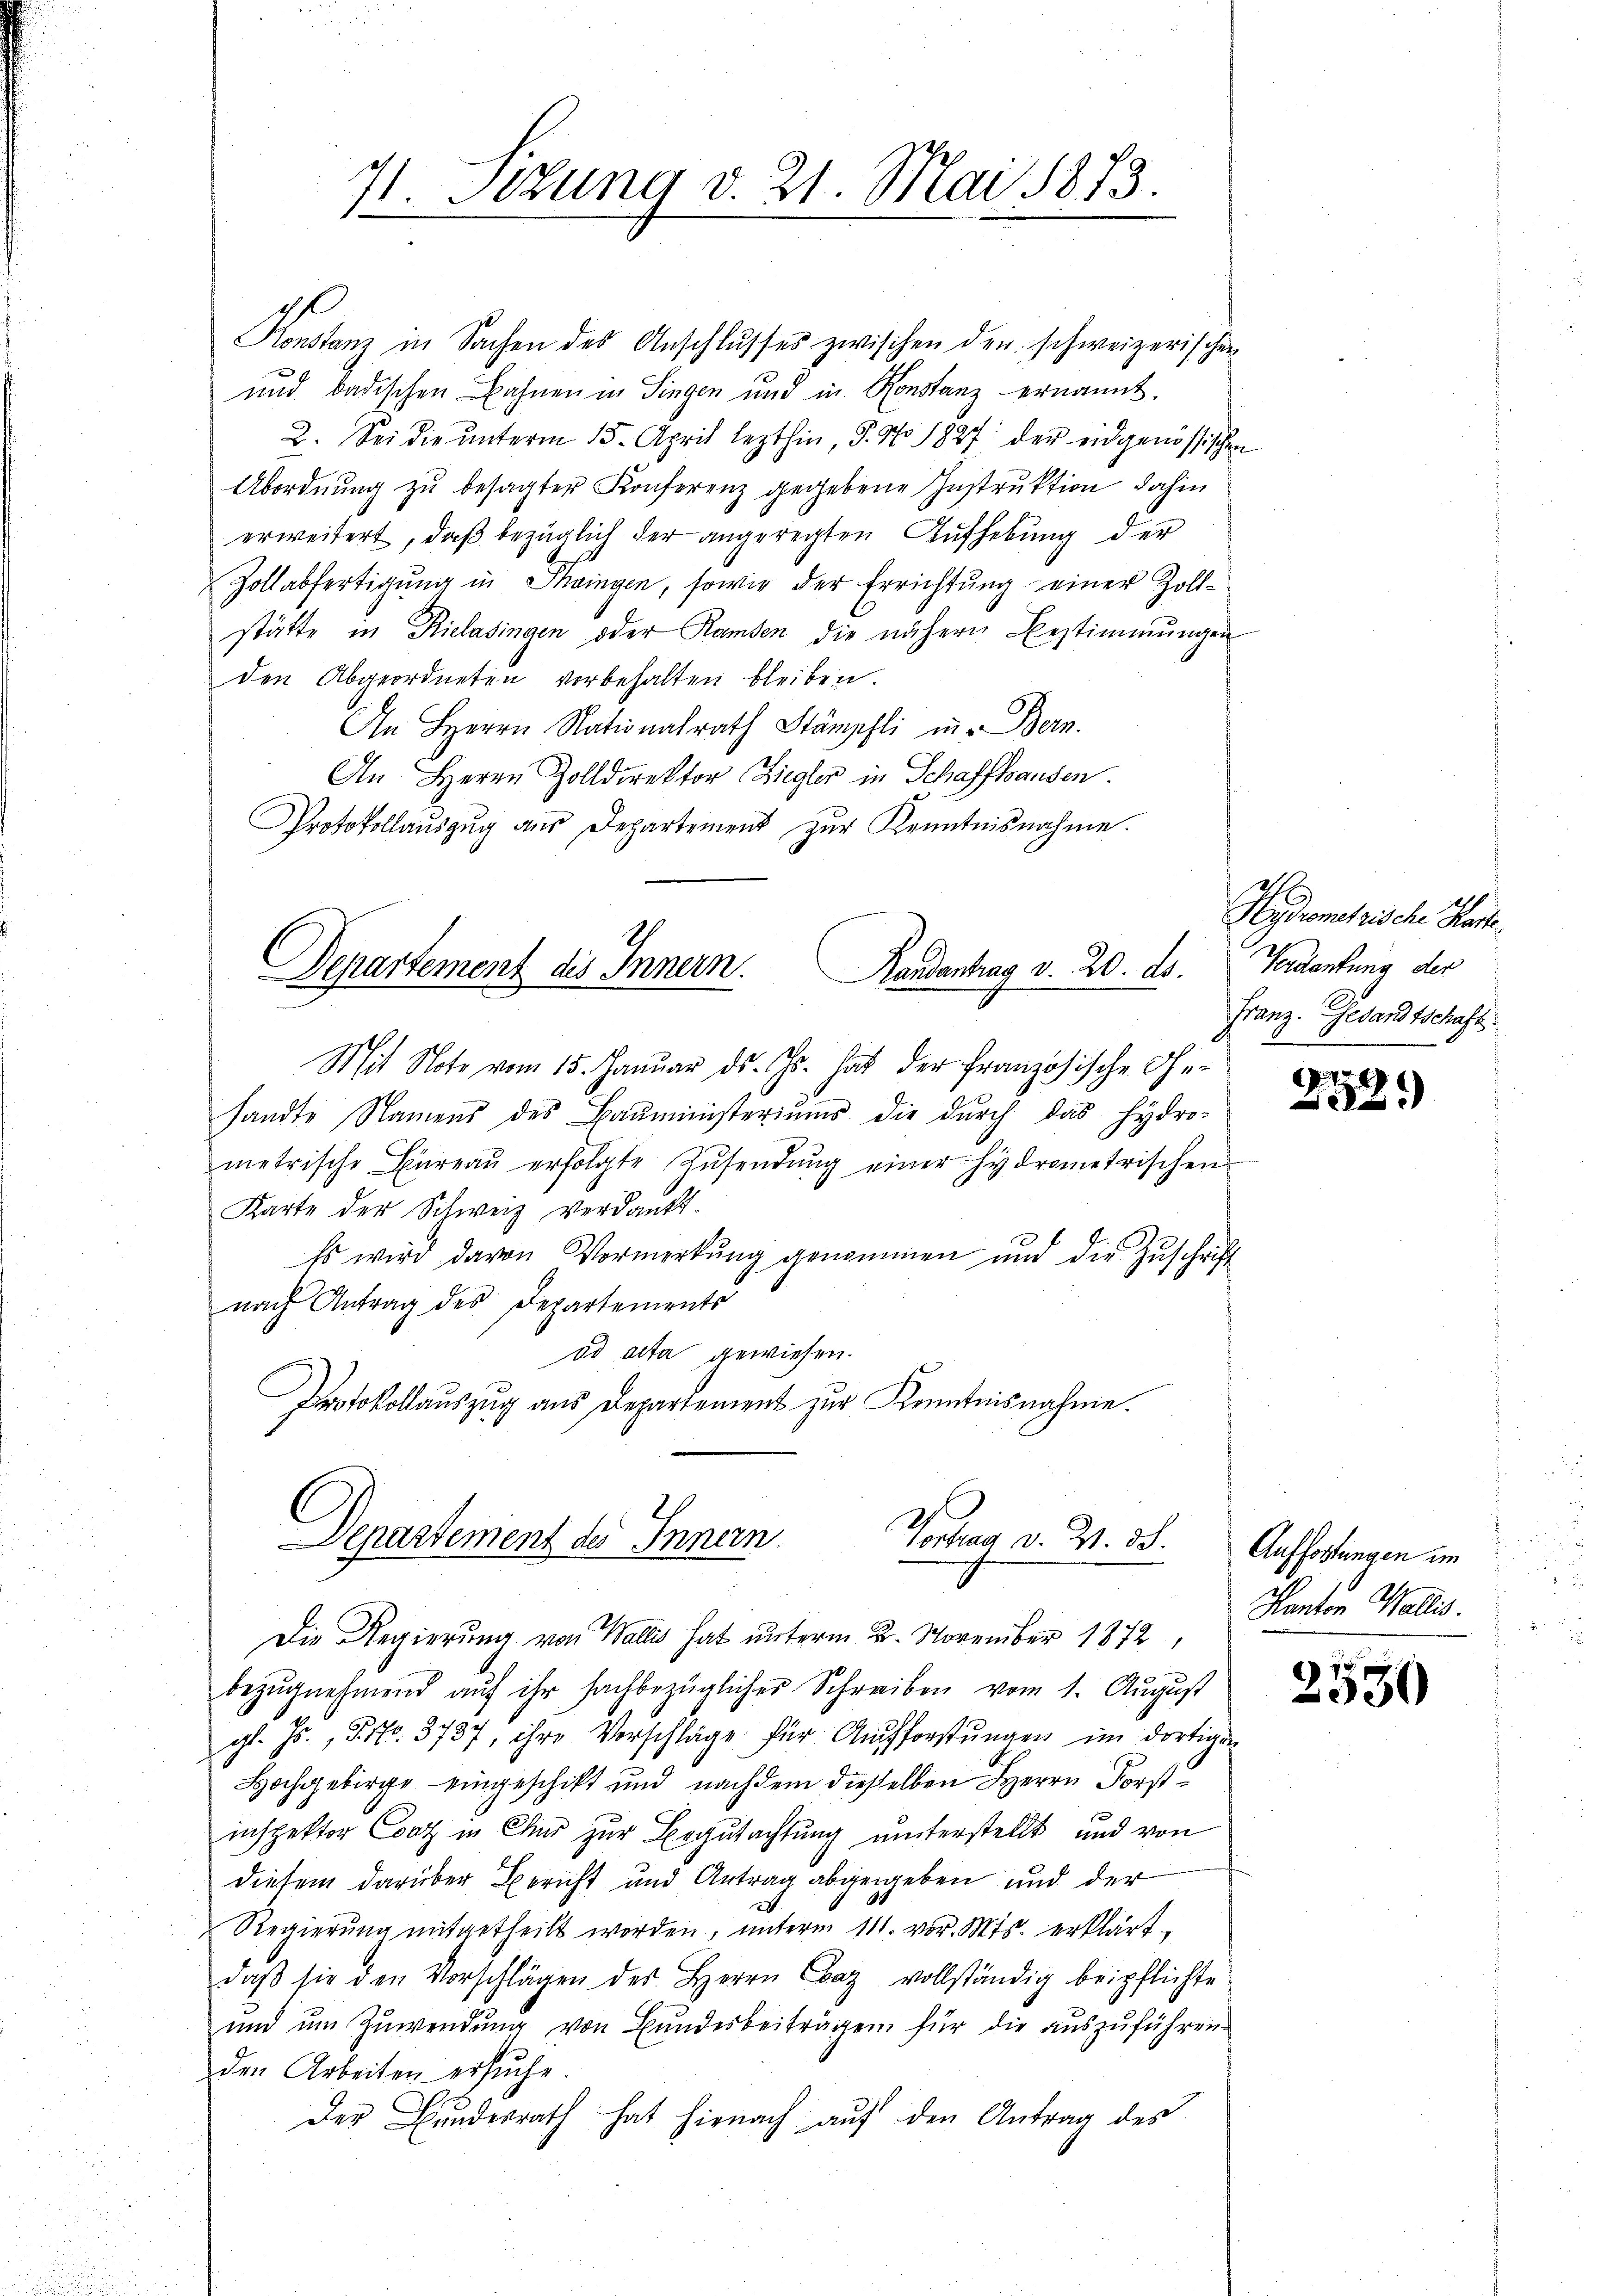
4. Sekung d. 21. Mai 1873.
8

Konstanz in Sachen des Anschlŭsses zwischen den schweizerischen
und badischen Bahnen in Singen und in Konstanz ernannt.
2. Sei die ŭnterm 15. April lezthin, J. No. 1827. der eidgenössischen
Abordnung zu besagter Konferenz gegebene Instruktion dahin
erweitert, daß bezüglich der angeregten Aufhebung der
Zollabfertigung in Thaingen, sowie der Errichtŭng einer Zollstätte in Kielasingen oder Ramben die nähern Bestimmungen
den Abgeordneten vorbehalten bleiben.
An Herrn Nationalrath Stämpfli in Bern.
An Herrn Zolldirektor Ziegler in Schaffhausen.
Protokollauszug aus Departement zur Kenntnisnahme.

Mit Note vom 15. Januar d. Js. hat der Französische Ge-
sandte Namens des Baŭministeriums die durch das hydro-
metrische Büreaŭ erfolgte Zŭsendung einer hydrometrischen
Karte der Schweiz verdankt.
Es wird davon Vormerkung genommen und die Zuschrift
nach Antrag des Departements
od acta gewiesen.
Protokollauszug aus Departement zur Kenntnisnahme.
bezŭgnehmend aŭf ihr sachbezüglicher Schreiben vom 1. August
gl. Js., Pro. 3787, ihre Vorschläge für Aufforstungen im dortigen
Hochgebirge eingeschikt und nachdem diesselben Herrn Forst
inspektor Cont in Chur zur Begutachtung unterstellt und von
diesem darüber Bericht und Antrag abgegeben und der
Regierŭng mitgetheilt worden, ŭnterm 111. vor. Mts. erklärt.
daβ sie den Vorschlägen des Herrn Caz vollständig beipflichte
und um Zuwendung von Bundesbeiträgen für die auszuführen.
den Arbeiten ersuche.
Der Bŭndesrath hat hienach aŭf den Antrag des

Departement des Innern. Randantrag v. 20. ds.

Vortrag d. Z. 38.
Departement des Innern.
Die Regierung von Wallis hat unterm 2. November 1872,

Hydrometrische Hart.
Verdankung der
Franz. Gesandtschaft.

1
32.

Auffortungen im
Kanton Wallis.

2550